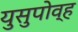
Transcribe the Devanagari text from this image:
युसुपोव्ह